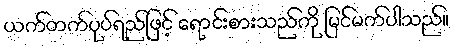
ယက်တက်ပုပ်ရည်ဖြင့် ရောင်းစားသည်ကို မြင်မက်ပါသည်။